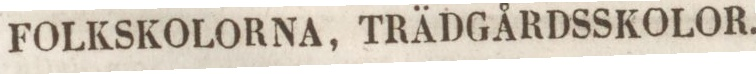
FOLKSKOLORNA, TRÄDGÅRDSSKOLOR.